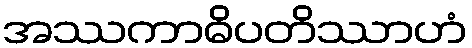
အဿကာဓိပတိဿာဟံ